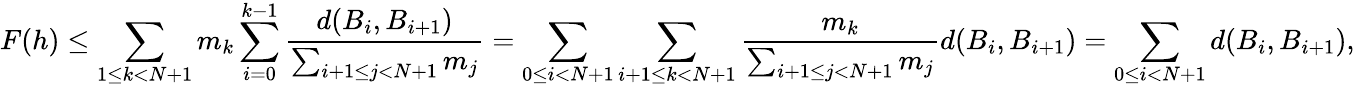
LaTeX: F(h)\leq\sum_{1\leq k<N+1}m_{k}\sum_{i=0}^{k-1}\frac{d(B_{i},B_{i+1})}{\sum_{i+1\leq j<N+1}m_{j}}=\sum_{0\leq i<N+1}\sum_{i+1\leq k<N+1}\frac{m_{k}}{\sum_{i+1\leq j<N+1}m_{j}}d(B_{i},B_{i+1})=\sum_{0\leq i<N+1}d(B_{i},B_{i+1}),